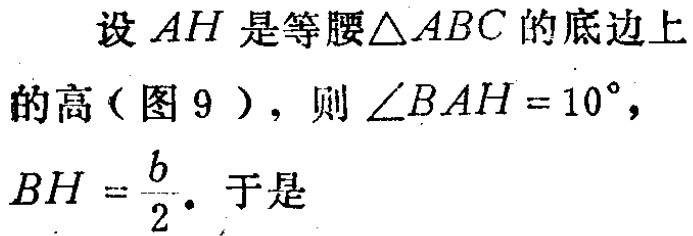
设 \(AH\) 是等腰\(\triangle ABC\) 的底边上的高（图 9 ），则 \(\angle BAH = 10^{\circ}\)，\(BH = \frac{b}{2}\)。于是